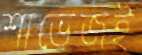
শাভেজই